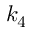
k _ { 4 }